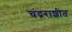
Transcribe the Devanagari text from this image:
चंद्रराशीत